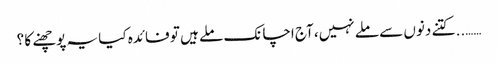
…….. کتنے دنوں سے ملے نہیں، آج اچانک ملے ہیں تو فائدہ کیا یہ پوچھنے کا ؟